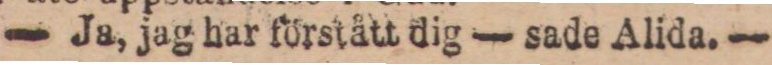
— Ja, jag har förstått dig — sade Alida. —